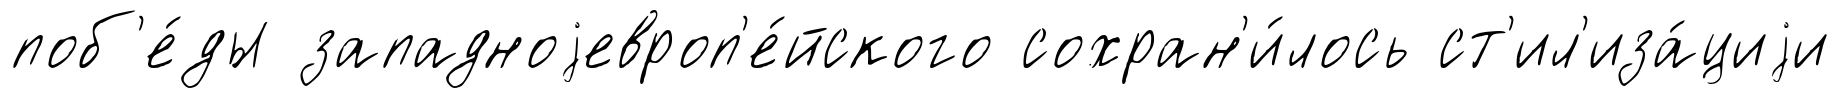
поб'е́ды западноjевроп'е́йского сохран'и́лось ст'ил'иза́циjи